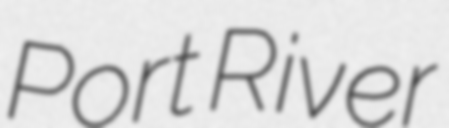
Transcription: Port River